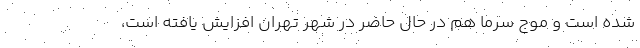
شده است و موج سرما هم در حال حاضر در شهر تهران افزایش یافته است،